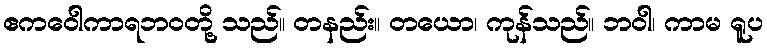
ဧကဝေါကာရဘဝတို့ သည်။ တနည်း။ တယော၊ ကုန်သည်။ ဘဝါ၊ ကာမ ရူပ